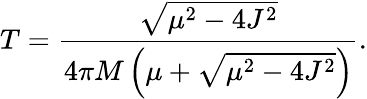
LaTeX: T=\frac{\sqrt{\mu^{2}-4J^{2}}}{4\pi M\left(\mu+\sqrt{\mu^{2}-4J^{2}}\right)}.